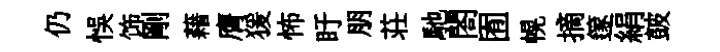
仍悞饰剛藉膺猨怖盱朋荘馳閤囿幌摘篴絹皷